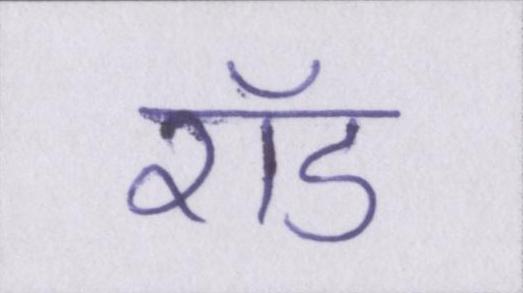
रॉड